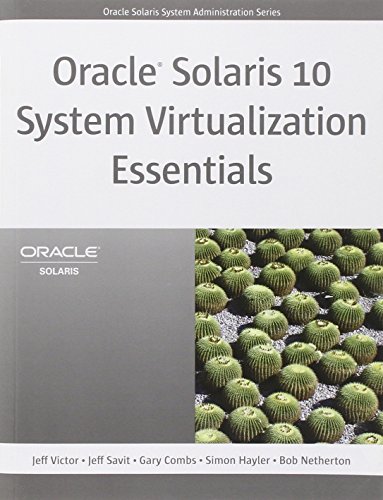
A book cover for Oracle Solaris 10 System Virtualization Essentials (Oracle Solaris System Administration Series); Jeff Victor; Computers & Technology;